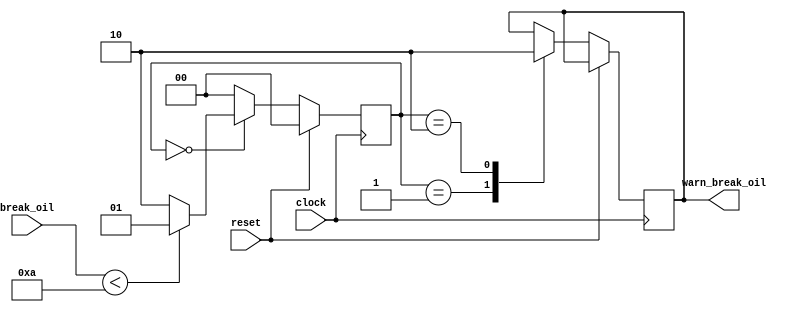
`timescale 1ns / 1ns

module WarnBreakOil (clock, reset, break_oil, warn_break_oil);

input clock;
input reset;
input wire signed [31:0] break_oil;
output reg warn_break_oil;

parameter SIZE  = 2;
reg   [SIZE-1:0] state;

always @ (posedge clock)
begin
if (reset == 1) 
  state <= #1 8'd0;
else
 case(state)
    2'd0 : begin
              if (break_oil < 10)
                state <= 2'd1;
              else 
                state <= 2'd2;
           end
    2'd1 : begin
            warn_break_oil <= 1;
            state <= 2'd0;
           end
    2'd2 : begin
            warn_break_oil <= 0;
            state <= 2'd0;
           end
   default : state <= 2'd0;
endcase
end

endmodule